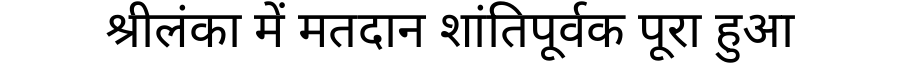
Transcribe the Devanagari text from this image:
श्रीलंका में मतदान शांतिपूर्वक पूरा हुआ